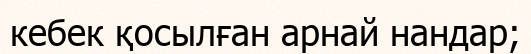
кебек қосылған арнай нандар;